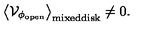
\big \langle { \cal V } _ { \phi _ { \mathrm { o p e n } } } \big \rangle _ { \mathrm { m i x e d d i s k } } \not = 0 .